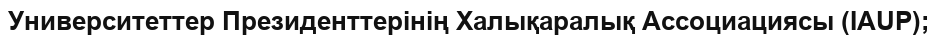
Университеттер Президенттерінің Халықаралық Ассоциациясы (IAUP);